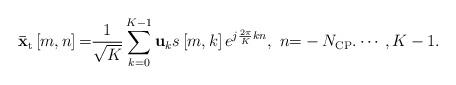
LaTeX: \begin{align*} {{\bf{\bar x}}_{\rm t}}\left[m, n \right] {\rm =} \frac{1}{\sqrt K }\sum\limits_{k = 0}^{K-1} {{{\bf{u}}_k}s\left[m, k \right]{e^{j\frac{{2\pi }}{K}kn}}},\ n {\rm =} - {{N}_{\rm CP }}. \cdots ,K - 1. \end{align*}